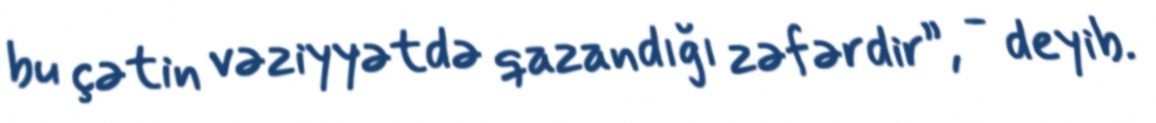
bu çətin vəziyyətdə qazandığı zəfərdir”, - deyib.